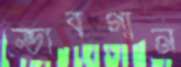
ভাবগান